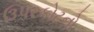
ઉપરકોટનો